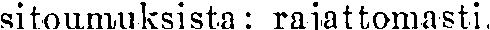
sitoumuksista: rajattomasti.